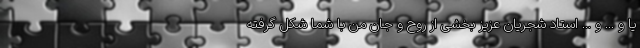
یا و ... و ... استاد شجریان عزیز بخشی از روح و جان من با شما شکل گرفته